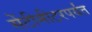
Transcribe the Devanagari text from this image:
सेंटीमीटरपर्यंत